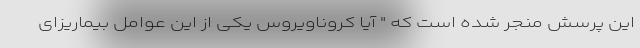
این پرسش منجر شده است که " آیا کروناویروس یکی از این عوامل بیماریزای